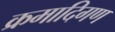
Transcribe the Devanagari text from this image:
क्रमादिगण